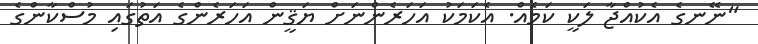
"ނޭނގެ އެކުއްޖާ ލަކީ ކަމެއް. އެކަމަކު އަހަރެންނަށް ޔަޤީން އަހަރެންގެ އަތުގައި މުސްކާންގެ